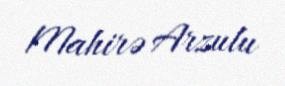
Mahirə Arzulu